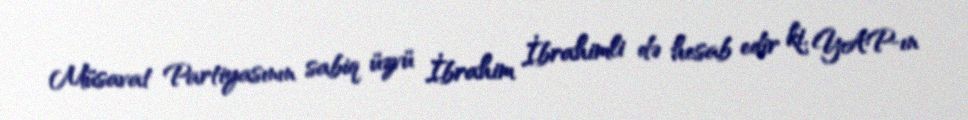
Müsavat Partiyasının sabiq üzvü İbrahim İbrahimli də hesab edir ki, YAP-ın